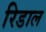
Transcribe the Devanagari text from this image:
रिडाल